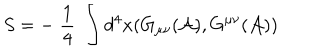
LaTeX: S = - \; \frac { 1 } { 4 } \; \int d ^ { 4 } x ( G _ { \mu \nu } ( { \cal A } ) , G ^ { \mu \nu } ( { \cal A } ) )